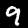
Digit: 9